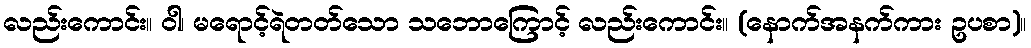
လည်းကောင်း။ ဝါ၊ မရောင့်ရဲတတ်သော သဘောကြောင့် လည်းကောင်း။ (နောက်အနက်ကား ဥပစာ)။